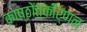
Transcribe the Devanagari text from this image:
काष्ठोत्कीर्णन